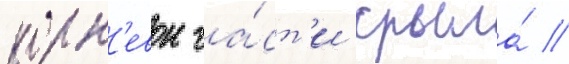
корн'евои ча́ст'и крыла́ //